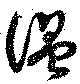
温